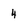
Character: 4